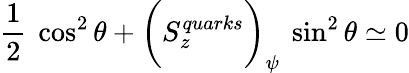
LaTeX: {\frac{1}{2}}~\cos^{2}\theta+\biggl(S_{z}^{quarks}\biggl)_{\psi}~\sin^{2}\theta\simeq 0